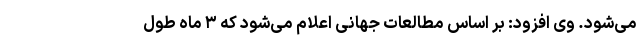
می‌شود. وی افزود: بر اساس مطالعات جهانی اعلام می‌شود که ۳ ماه طول